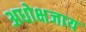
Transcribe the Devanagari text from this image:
अधोक्षजाय